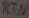
Text: RTN